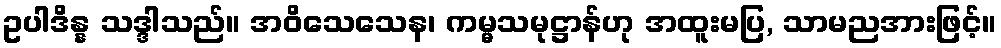
ဥပါဒိန္န သဒ္ဒါသည်။ အဝိသေသေန၊ ကမ္မသမုဋ္ဌာန်ဟု အထူးမပြ, သာမညအားဖြင့်။